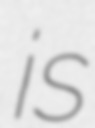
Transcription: is